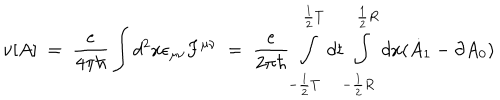
\nu [ A ] \; = \; \frac { e } { 4 \pi \hbar } \int d ^ { 2 } x \epsilon _ { \mu \nu } F ^ { \mu \nu } \; = \; \frac { e } { 2 \pi \hbar } \int _ { - \frac { 1 } { 2 } T } ^ { \frac { 1 } { 2 } T } d t \int _ { - \frac { 1 } { 2 } { R } } ^ { \frac { 1 } { 2 } { R } } d x ( \dot { A } _ { 1 } - \partial A _ { 0 } )